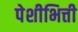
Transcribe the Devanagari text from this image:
पेशीभित्ती